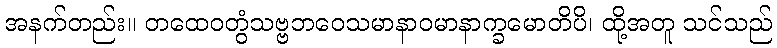
အနက်တည်း။ တထေဝတွံသဗ္ဗဘဝေသမာနာဝမာနာက္ခမောတိပိ၊ ထို့အတူ သင်သည်